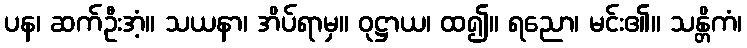
ပန၊ ဆက်ဦးအံ့။ သယနာ၊ အိပ်ရာမှ။ ဝုဋ္ဌာယ၊ ထ၍။ ရညော၊ မင်း၏။ သန္တိကံ၊